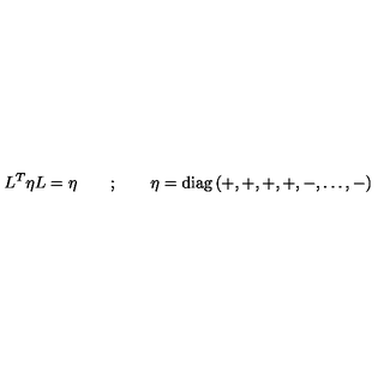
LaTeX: L ^ { T } \eta L = \eta \qquad ; \qquad \eta = \mathrm { d i a g } \left( + , + , + , + , - , \dots , - \right)